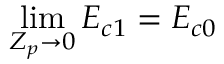
\operatorname* { l i m } _ { Z _ { p } \rightarrow 0 } E _ { c 1 } = E _ { c 0 }